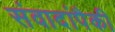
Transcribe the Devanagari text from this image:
संवादांपैकी